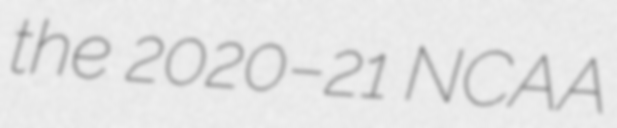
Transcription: the 2020–21 NCAA